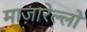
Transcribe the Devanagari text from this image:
माज़ारेल्लो